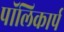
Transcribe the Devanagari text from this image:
पॉलिकार्प